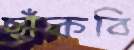
ছাঁকবি